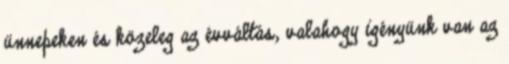
ünnepeken és közeleg az évváltás, valahogy igényünk van az